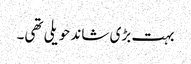
بہت بڑی شاند حویلی تھی۔